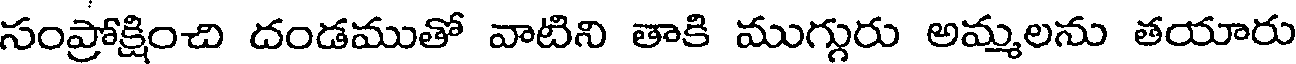
సంప్రోక్షించి దండముతో వాటిని తాకి ముగ్గురు అమ్మలను తయారు